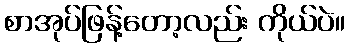
စာအုပ်ဖြန့်တော့လည်း ကိုယ်ပဲ။